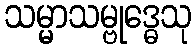
သမ္မာသမ္ဗုဒ္ဓေသု